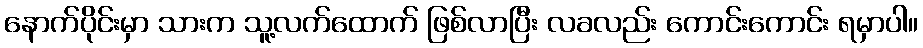
နောက်ပိုင်းမှာ သားက သူ့လက်ထောက် ဖြစ်လာပြီး လခလည်း ကောင်းကောင်း ရမှာပါ။